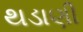
થડાણી